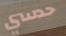
حدسي